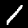
Digit: 1